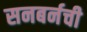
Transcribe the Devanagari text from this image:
सनबर्नची